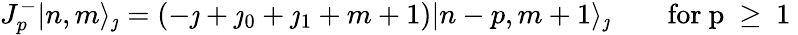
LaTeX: J_{p}^{-}|n,m\rangle_{\jmath}=(-\jmath+\jmath_{0}+\jmath_{1}+m+1)|n-p,m+1\rangle_{\jmath}\qquad\mathrm{for~p~\geq~1~}